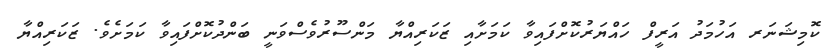
ކޮމިޝަނަރ އަހުމަދު އަރީފް ހައްޔަރުކޮށްފައިވާ ކަމަށާއި ޒަކަރިއްޔާ މަންސޫރުވެސްވަނީ ބަންދުކޮށްފައިވާ ކަމަށެވެ. ޒަކަރިއްޔާ